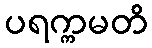
ပရက္ကမတိ